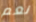
نعم